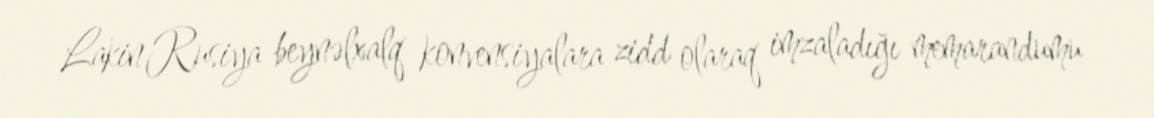
Lakin Rusiya beynəlxalq konvensiyalara zidd olaraq imzaladığı memarandumu